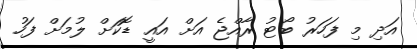
އަދި މި ފަހަރު ބޯޓު ރާއްޖެ އަށް އައީ ޑޮކަށް ލުމަށް ފަހު